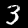
Label: 3